NAE_ERA_R-1950_Eesti_Ajakirjanike_Liit, lk 33
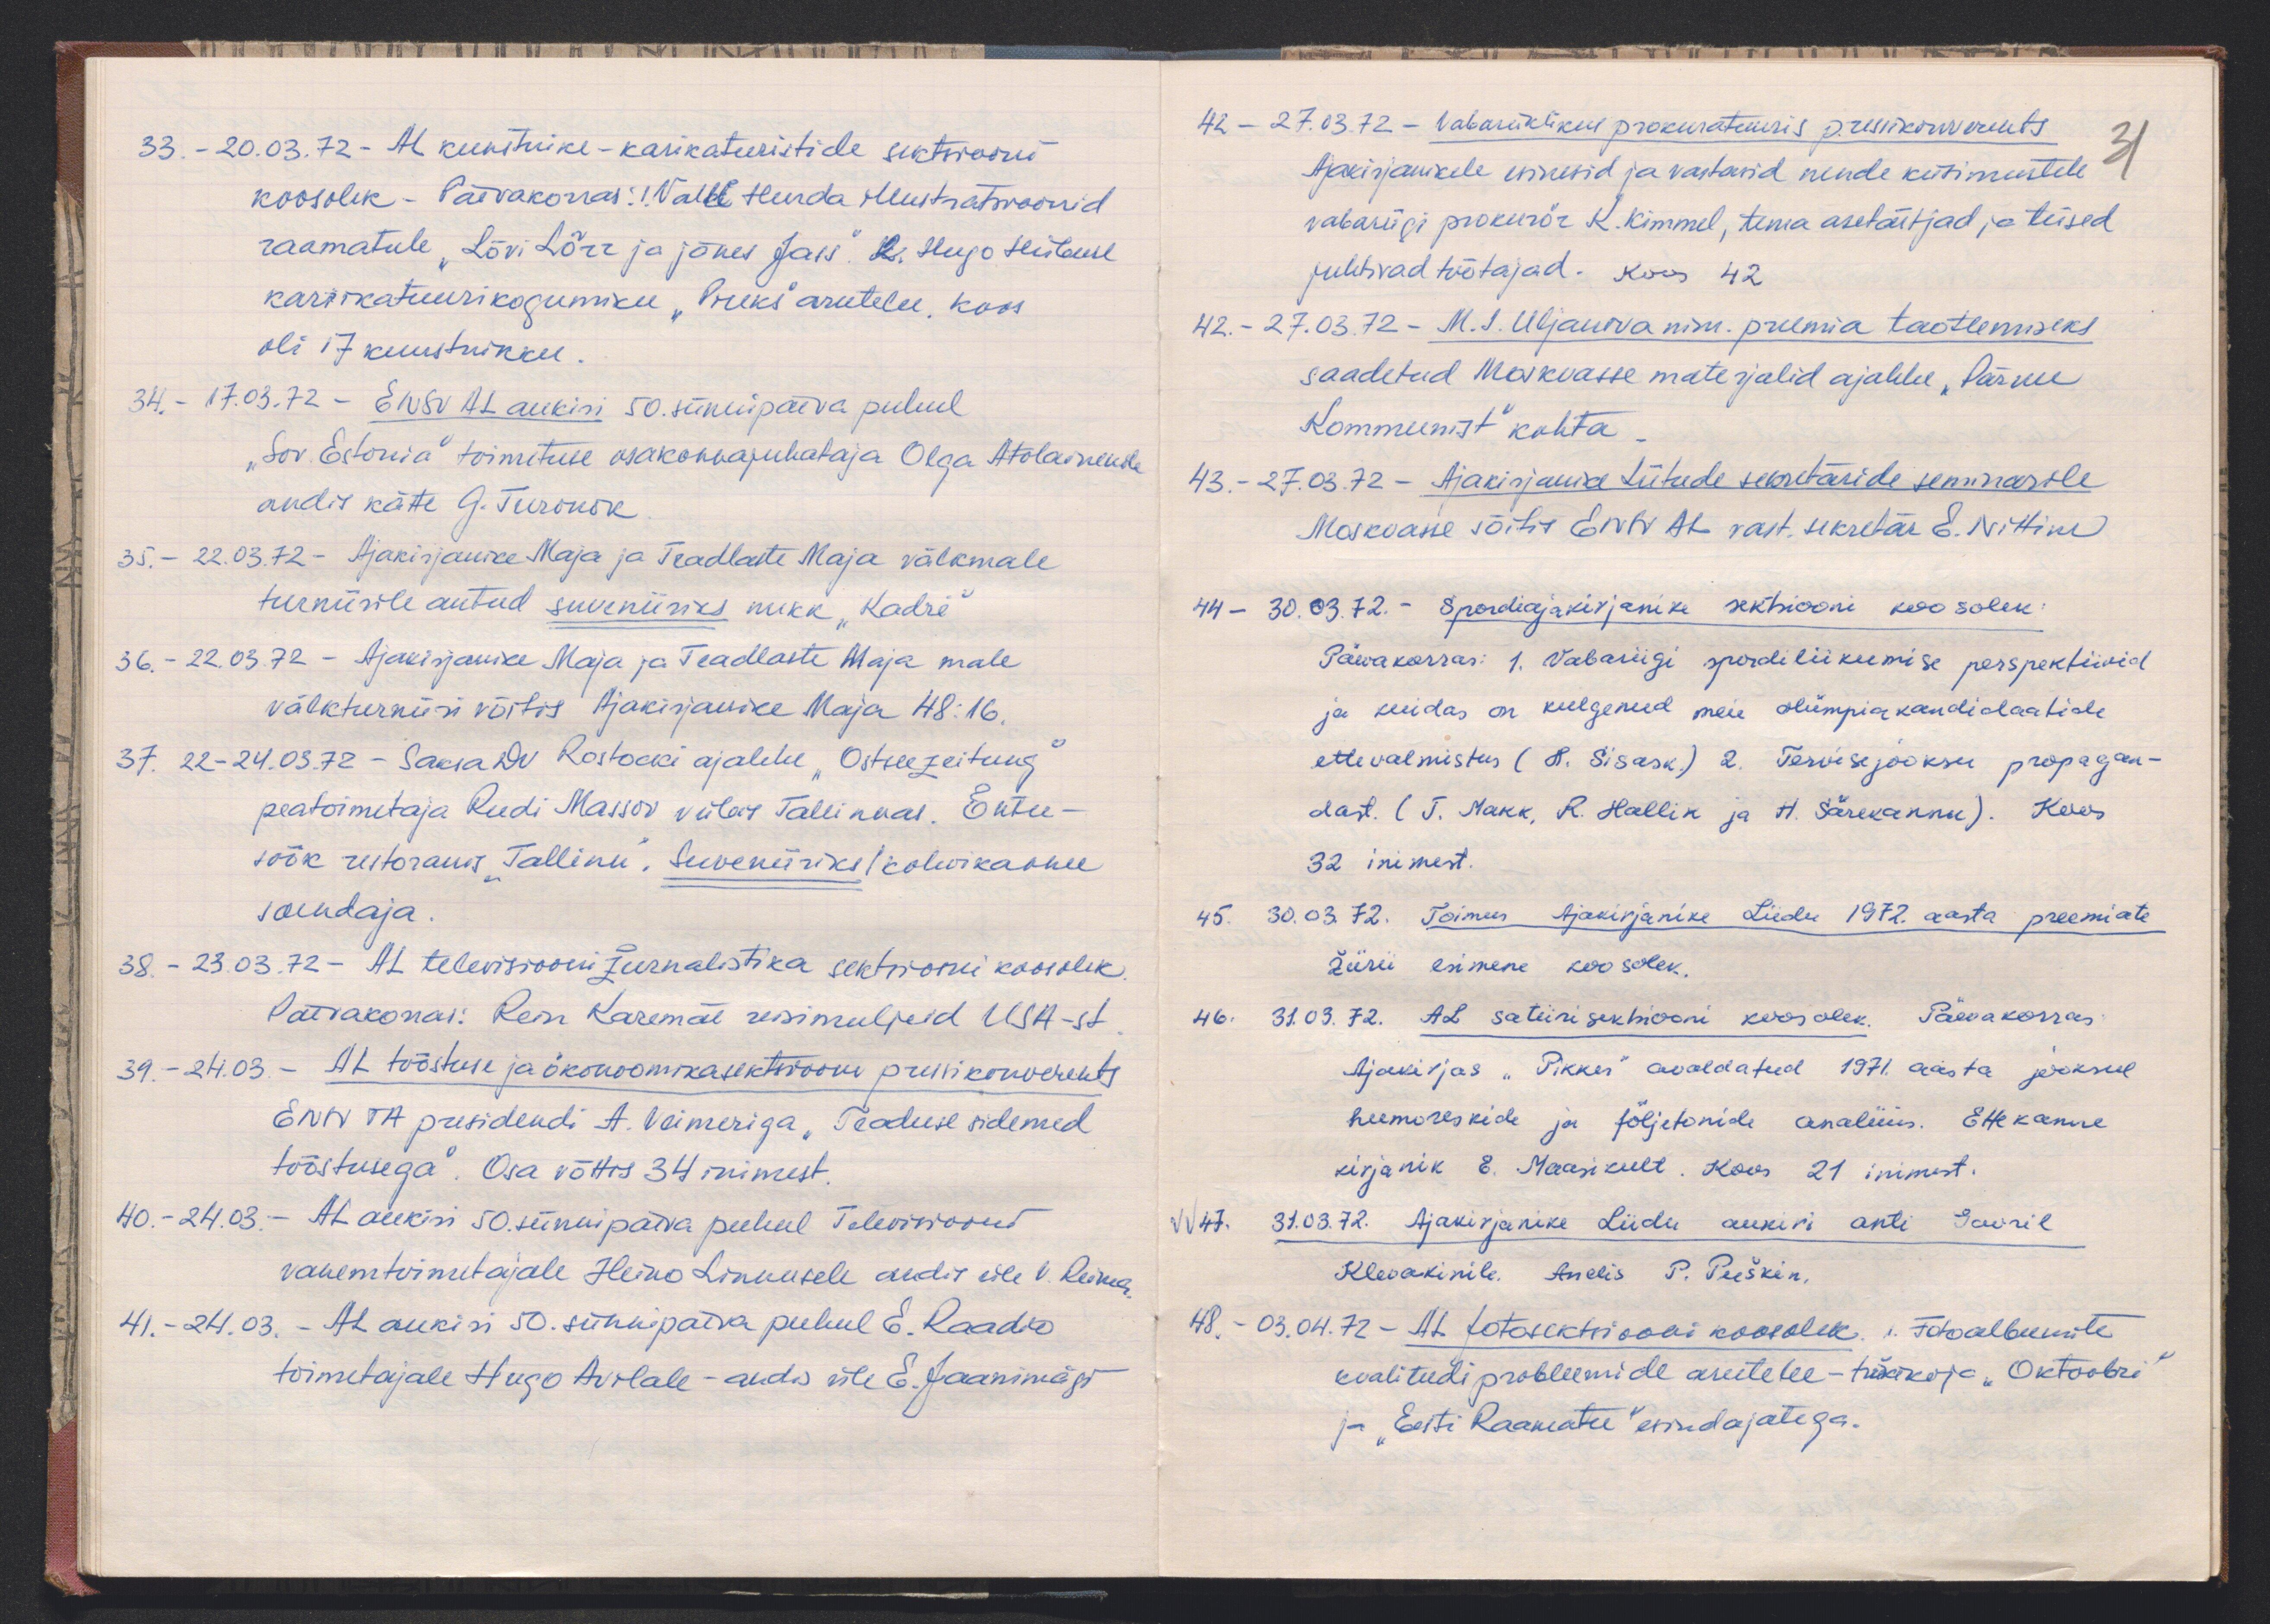
33. - 20.03.72- AL kunstnike-karikaturistide sektsiooni
koosolek - Päevakorras: Vaike Hurda illustratsioonid
raamatule "Lõvi Lõrr ja jänes Jass". 2 Hugo Hiibuse
karikatuurikogumiku "Pruks" arutelu koos
oli 17 kunstnikku.
34. - 17.03.72 - ENSV AL aukiri 50. sünnipäeva puhul
"Sov Estonia" toimetuse osakonnajuhataja Olga Atolainenile
andis kätte G. Turonok
35. - 22.03.72 - Ajakirjanike Maja ja Teadlaste Maja välkmale
turniirile antud suveniiriks nukk "Kadri"
36. - 22.03.72 - Ajakirjanike Maja ja Teadlaste Maja male
välkturniiri võtis Ajakirjanike Maja 48:16.
37. 22-24.03.72 - Saksa DV Rostocki ajalehe "Ostseezeitung"
peatoimetaja Rudi Massov viibis Tallinnas. Õhtu-
söök restoranis "Tallinn". Suveniiriks kohvikannu
soendaja.
38. - 23.03.72- AL televisiooni žurnalistika sektsiooni koosolek
Päevakorras: Rein Karemäe reisimuljeid USA-st.
39. - 24.03. - AL tööstuse ja ökonoomikasektsiooni pressikonverents
ENSV TA presidendi A. Veimeriga "Teaduse sidemed
tööstusega". Osa võttis 34 inimest.
40. - 24.03. - AL aukiri 50. sünnipäeva puhul Televisiooni
vanemtoimetajale Heino Linnusele andis üle V. Reima
41. - 24.03. - AL aukiri 50. sünnipäeva puhul E. Raadio
toimetajale Hugo Avilale - andis üle E. Jaanimägi

42. - 27.03.72. Vabariiklikus prokuratuuris pressikonverents
Ajakirjanikele esinesid ja vastasid nende küsimustele
31
vabariigi prokurör K. Kimmel, tema asetäitjad ja teised
juhtivad töötajad. Koos 42
42. - 27.03.72 - M.I. Uljanova nim. preemia taotlemiseks
saadetud Moskvasse materjalid ajalehe "Pärnu
Kommunist" kohta.
43. - 27.03.72 - Ajakirjanike Liitude sekretäride seminarile
Moskvasse sõitis ENSV AL vast. sekretär E. Nittim
44 - 30.03.72. - Spordiajakirjanike setsiooni koosolek
Päevakorras: 1. Vabariigi spordiliikumise perspektiivid
ja kuidas on kulgenud meie olümpia kandidaatide
ettevalmistus (H. Sisask) 2. Tervisejooksu propagan-
dast. ( T. Makk, R. Hallik ja H. Särekannu). Koos
32 inimest.
45. 30.03.72. Toimus Ajakirjanike Liidu 1972. aasta preemiate
žürii esimene koosolek
46. 31.03.72. AL satiirisektsiooni koosolek. Päevakorras:
Ajakirjas "Pikker" avaldatud 1971. aasta jooksul
humoreskide ja följetonide analüüs. Ettekanne
kirjanik E. Maasikult. Koos 21 inimest.
VV  47. 31.03.72. Ajakirjanike Liidu aukiri anti Gavril
Klevakinile. Andis P. Puškin.
48. - 03.04.72 - Al fotosektsiooni koosolek, 1. Fotalbumite
kvaliteedi probleemide arutelu - trükikoja "Oktoobri"
ja "Eesti Raamatu" esindajatega.